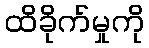
ထိခိုက်မှုကို